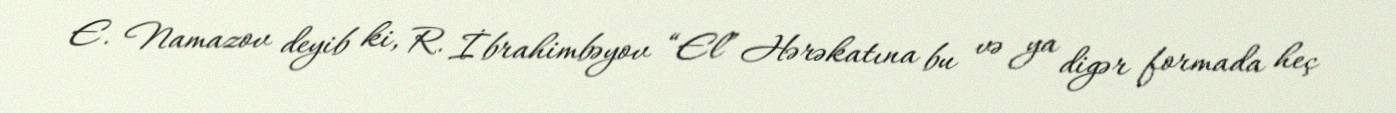
E. Namazov deyib ki, R. İbrahimbəyov “El” Hərəkatına bu və ya digər formada heç